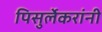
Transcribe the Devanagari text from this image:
पिसुर्लेकरांनी